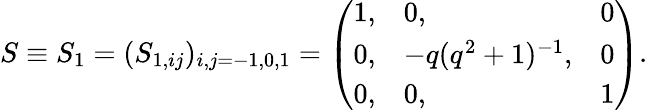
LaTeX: S\equiv S_{1}=(S_{1,ij})_{i,j=-1,0,1}=\left(\begin{array}{lll}{{1,}}&{{0,}}&{{0}}\\ {{0,}}&{{-q(q^{2}+1)^{-1},}}&{{0}}\\ {{0,}}&{{0,}}&{{1}}\end{array}\right).